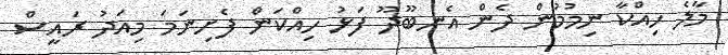
މާލެ ހިއްކާ ނިމުމުން ދެން އެނބޫދޫ ފަޅު ހިއްކަން ފެށިނަމަ މިއަދު ރައީސް